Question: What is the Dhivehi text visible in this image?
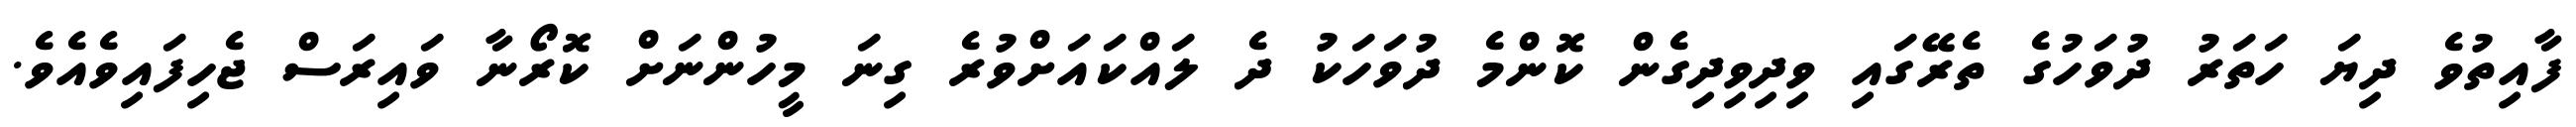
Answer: ފާއިތުވެ ދިޔަ ހަތަރު ދުވަހުގެ ތެރޭގައި ވިދިވިދިގެން ކޮންމެ ދުވަހަކު ދެ ލައްކައަށްވުރެ ގިނަ މީހުންނަށް ކޮރޯނާ ވައިރަސް ޖެހިފައިވެއެވެ.